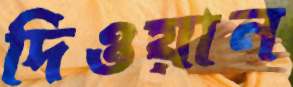
দিওয়ান